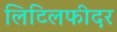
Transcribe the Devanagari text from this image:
लिटिलफीदर